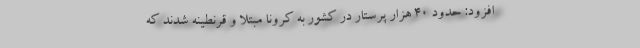
افزود: حدود ۴۰ هزار پرستار در کشور به کرونا مبتلا و قرنطینه شدند که